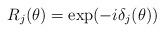
LaTeX: \begin{align*}R_{j}(\theta )=\exp (-i\delta _{j}(\theta )) \end{align*}